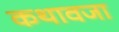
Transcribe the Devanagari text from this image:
कथावजा